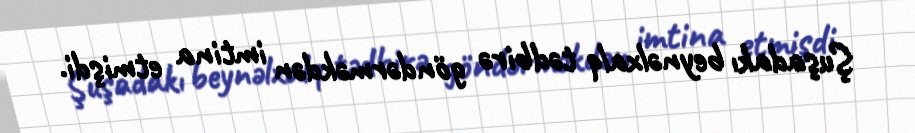
Şuşadakı beynəlxalq tədbirə göndərməkdən imtina etmişdi.